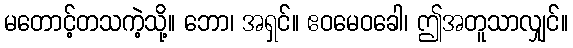
မတောင့်တသကဲ့သို့။ ဘော၊ အရှင်။ ဧဝမေဝခေါ၊ ဤအတူသာလျှင်။